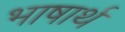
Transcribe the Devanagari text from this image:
भाषार्थ